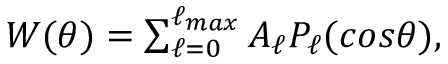
\begin{array} { r } { W ( \theta ) = \sum _ { \ell = 0 } ^ { \ell _ { m a x } } A _ { \ell } P _ { \ell } ( c o s \theta ) , } \end{array}